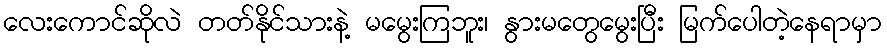
လေးကောင်ဆိုလဲ တတ်နိုင်သားနဲ့ မမွေးကြဘူး၊ နွားမတွေမွေးပြီး မြက်ပေါတဲ့နေရာမှာ